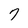
Character: 7